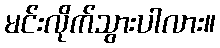
မင်းလိုက်သွားပါလား။